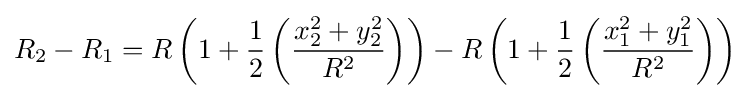
R_{2}-R_{1}=R\left(1+{\frac {1}{2}}\left({\frac {x_{2}^{2}+y_{2}^{2}}{R^{2}}}\right)\right)-R\left(1+{\frac {1}{2}}\left({\frac {x_{1}^{2}+y_{1}^{2}}{R^{2}}}\right)\right)